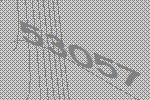
53057